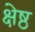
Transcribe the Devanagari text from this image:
क्षेष्ठ